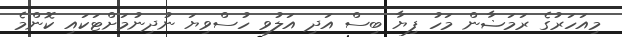
މިއަހަރުގެ ރަމަޟާން މަހު ފިޔާ ބިސް އަދި އަލުވި ހުސްވިޔަ ނުދިނުމަށްޓަކައި ކޮންމެ